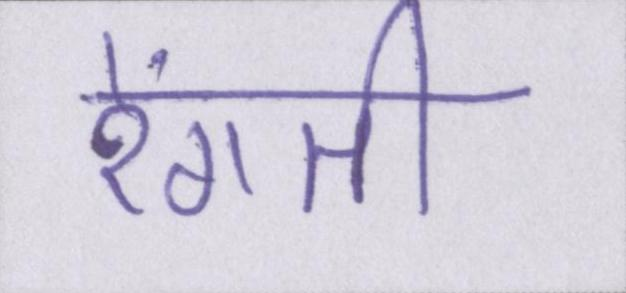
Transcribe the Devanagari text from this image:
रेंगती